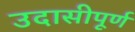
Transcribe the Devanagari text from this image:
उदासीपूर्ण